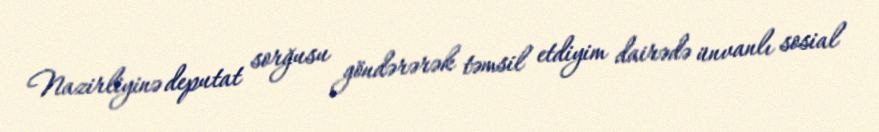
Nazirliyinə deputat sorğusu göndərərək təmsil etdiyim dairədə ünvanlı sosial